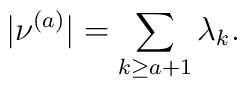
|\nu^{(a)}|=\sum_{k\geq a+1}\lambda_k.